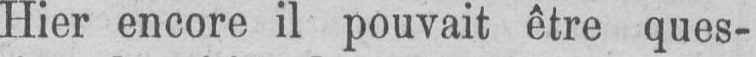
Hier encore il pouvait être ques-